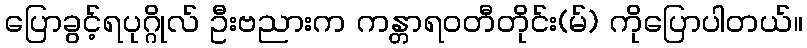
ပြောခွင့်ရပုဂ္ဂိုလ် ဦးဗညားက ကန္တာရဝတီတိုင်း(မ်) ကိုပြောပါတယ်။